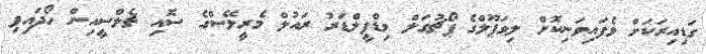
ގަޑިއިރަކަށް ވެފައިވަނިކޮށް ލިވަޕޫލްގެ ޕޯޗުގަލް މިޑްފީލްޑަރު ރައުލް މެރީލޭސްގެ ސޮއި ޗެލްސީއިން ހޯދައިފި